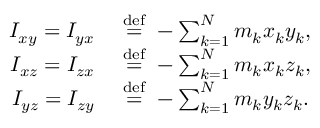
{ \begin{array} { r l } { I _ { x y } = I _ { y x } \ } & { { \stackrel { \mathrm { d e f } } { = } } \ - \sum _ { k = 1 } ^ { N } m _ { k } x _ { k } y _ { k } , } \\ { I _ { x z } = I _ { z x } \ } & { { \stackrel { \mathrm { d e f } } { = } } \ - \sum _ { k = 1 } ^ { N } m _ { k } x _ { k } z _ { k } , } \\ { I _ { y z } = I _ { z y } \ } & { { \stackrel { \mathrm { d e f } } { = } } \ - \sum _ { k = 1 } ^ { N } m _ { k } y _ { k } z _ { k } . } \end{array} }